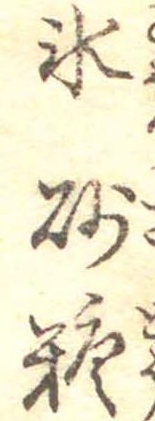
氷砂糖